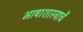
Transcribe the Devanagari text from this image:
भाषाशास्त्राचें